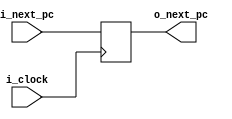
`timescale 1ns / 1ps

module latch#(
        parameter NB = 32
    )
    (   
        input            i_clock,
        input   [NB-1:0] i_next_pc,
        
        output  [NB-1:0] o_next_pc
    );
    
    reg [NB-1:0] next_pc;

    always@(posedge i_clock)begin
        next_pc <= i_next_pc;
    end

    assign o_next_pc = next_pc;
    
endmodule